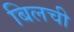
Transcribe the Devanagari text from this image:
बिलची